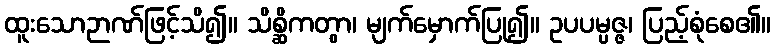
ထူးသောဉာဏ်ဖြင့်သိ၍။ သိစ္ဆိကတွာ၊ မျက်မှောက်ပြု၍။ ဥပပမ္ပဇ္ဇ၊ ပြည့်စုံစေ၏။